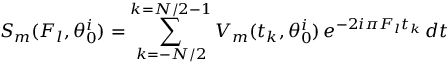
S _ { m } ( F _ { l } , \theta _ { 0 } ^ { i } ) = \sum _ { k = - N / 2 } ^ { k = N / 2 - 1 } V _ { m } ( t _ { k } , \theta _ { 0 } ^ { i } ) \thinspace e ^ { - 2 i \pi F _ { l } t _ { k } } \thinspace d t